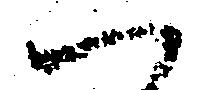
一